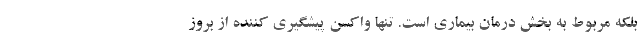
بلکه مربوط به بخش درمان بیماری است. تنها واکسن پیشگیری کننده از بروز